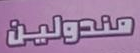
مندولين